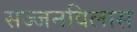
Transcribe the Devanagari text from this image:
सज्जनविलास